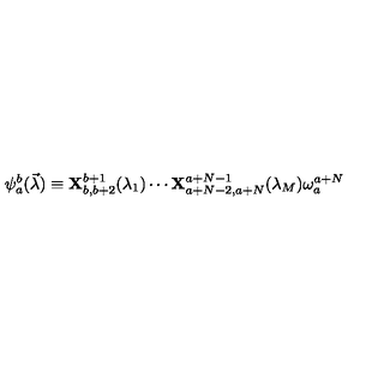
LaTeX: \psi _ { a } ^ { b } ( \vec { \lambda } ) \equiv { \bf X } _ { b , b + 2 } ^ { b + 1 } ( \lambda _ { 1 } ) \cdots { \bf X } _ { a + N - 2 , a + N } ^ { a + N - 1 } ( \lambda _ { M } ) \omega _ { a } ^ { a + N }